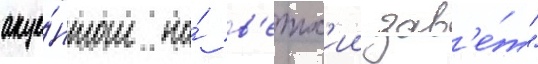
акце́нтом на́ в'етх'ии зав'е́т"